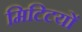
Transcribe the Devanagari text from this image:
मिटिटयों